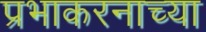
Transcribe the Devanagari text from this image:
प्रभाकरनाच्या